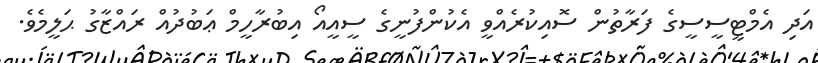
އަދި އެމްޓީސީސީގެ ފަރާތުން ސޮއިކުރެއްވީ އެކުންފުނީގެ ސީއީއޯ އިބުރާހީމް ޢަބުދުއް ރައްޒާގު ޙަލީމެވެ.